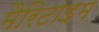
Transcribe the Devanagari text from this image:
मैरिटाइम